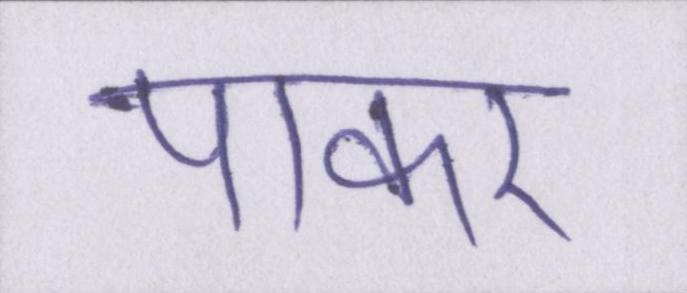
पाकर